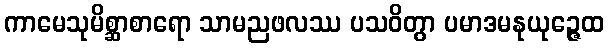
ကာမေသုမိစ္ဆာစာရော သာမညဖလဿ ပသဝိတွာ ပမာဒမနုယုဉ္ဇေထ